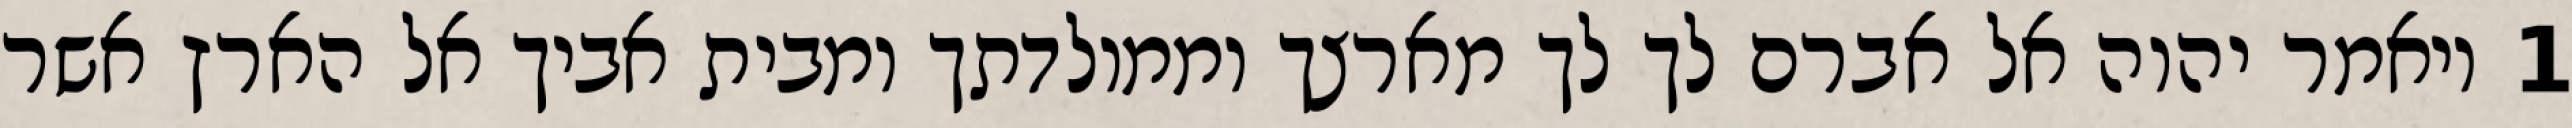
1 ויאמר יהוה אל אברם לך לך מארצך וממולדתך ומבית אביך אל הארץ אשר